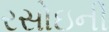
રસોઇની